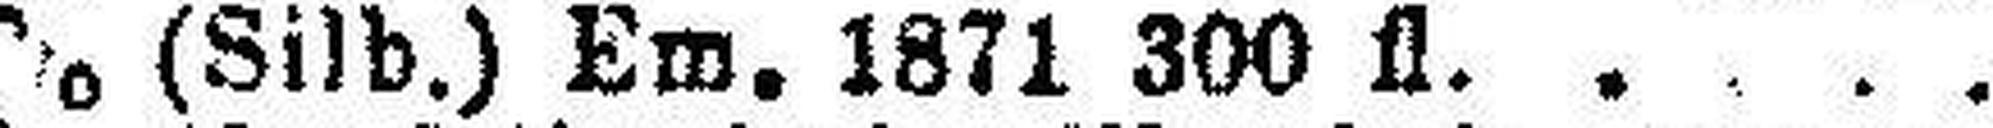
5% (Silb.) Em. 1871 300 fl.